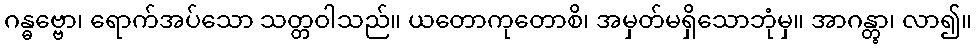
ဂန္ဓဗ္ဗော၊ ရောက်အပ်သော သတ္တဝါသည်။ ယတောကုတောစိ၊ အမှတ်မရှိသောဘုံမှ။ အာဂန္တွာ၊ လာ၍။